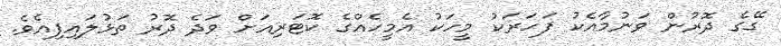
ގޭގެ ދޮރުން ވަނުމާއެކު ފަހަރަކު މީހަކު އެމީހެއްގެ ކޮޓަރިއަށް ވަދެ ދޮރު ތަޅުލައިފިއެވެ.